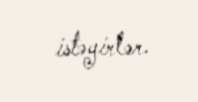
istəyirlər.